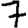
Digit: 7